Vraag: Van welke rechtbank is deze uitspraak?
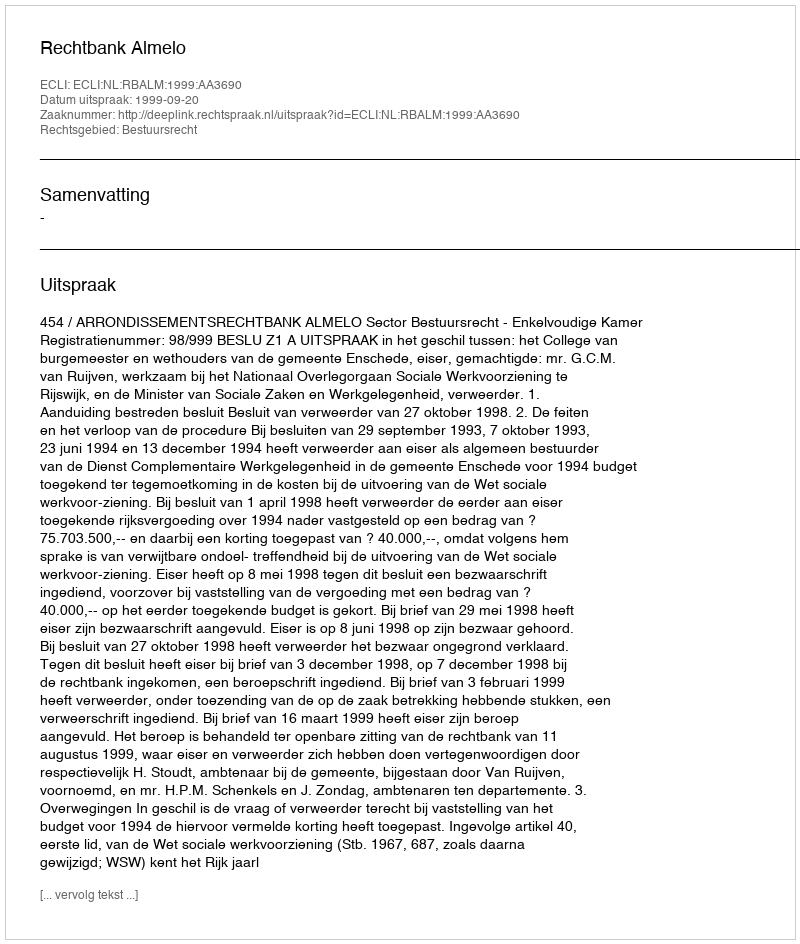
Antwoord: Rechtbank Almelo